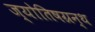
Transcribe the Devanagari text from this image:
ज्योतिषग्रन्थ